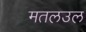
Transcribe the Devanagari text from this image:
मतलउल